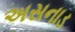
અસનાડ